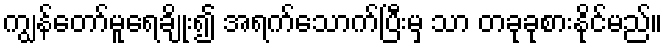
ကျွန်တော်မူရေချိုး၍ အရက်သောက်ပြီးမှ သာ တခုခုစားနိုင်မည်။